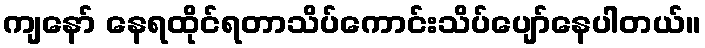
ကျနော် နေရထိုင်ရတာသိပ်ကောင်းသိပ်ပျော်နေပါတယ်။